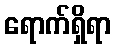
ရောက်ရှိရာ